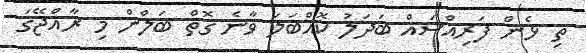
ތި ޅެން ފަރިއްސައް ބަދަލު ކޮއްބަލަ ވާނެ ގޮތް ބަލްން މި ރާއްޖޭގަ